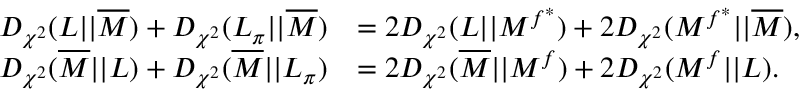
\begin{array} { r l } { D _ { \chi ^ { 2 } } ( L | | \overline { { M } } ) + D _ { \chi ^ { 2 } } ( L _ { \pi } | | \overline { { M } } ) } & { = 2 D _ { \chi ^ { 2 } } ( L | | M ^ { f ^ { * } } ) + 2 D _ { \chi ^ { 2 } } ( M ^ { f ^ { * } } | | \overline { { M } } ) , } \\ { D _ { \chi ^ { 2 } } ( \overline { { M } } | | L ) + D _ { \chi ^ { 2 } } ( \overline { { M } } | | L _ { \pi } ) } & { = 2 D _ { \chi ^ { 2 } } ( \overline { { M } } | | M ^ { f } ) + 2 D _ { \chi ^ { 2 } } ( M ^ { f } | | L ) . } \end{array}